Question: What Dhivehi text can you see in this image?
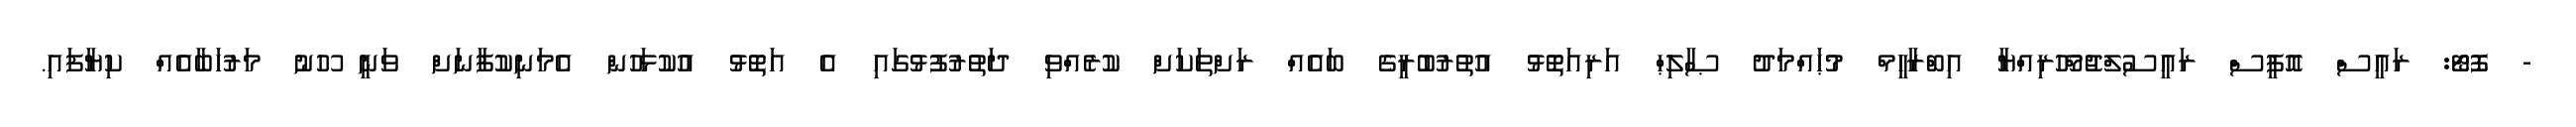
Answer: - ފޮޓޯ: ރައީސް އޮފީސް ރައީސުލްޖުމްހޫރިއްޔާ އިބްރާހީމް މުޙައްމަދު ޞާލިޙް އަރިއަތޮޅު އުތުރުބުރީގެ ބައެއް ރަށްތަކަށް ކުރެއްވި ދަތުރުފުޅުގައި އެ އަތޮޅު އުކުޅަހުން އެމަނިކުފާނަށް ވަނީ ހޫނު މަރުހަބާއެއް ކިޔާފައި.